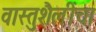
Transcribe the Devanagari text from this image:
वास्तुशैलींचा